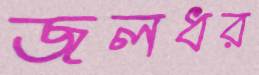
জলধর